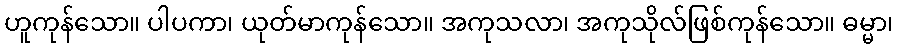
ဟူကုန်သော။ ပါပကာ၊ ယုတ်မာကုန်သော။ အကုသလာ၊ အကုသိုလ်ဖြစ်ကုန်သော။ ဓမ္မာ၊